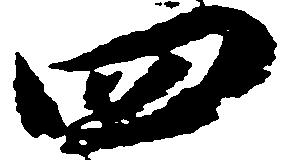
四